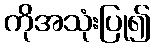
ကိုအသုံးပြု၍